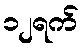
၁၂ရက်